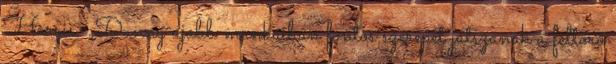
Harris. „Danny újabb munkáiban fontos szerepet játszanak a feltörő